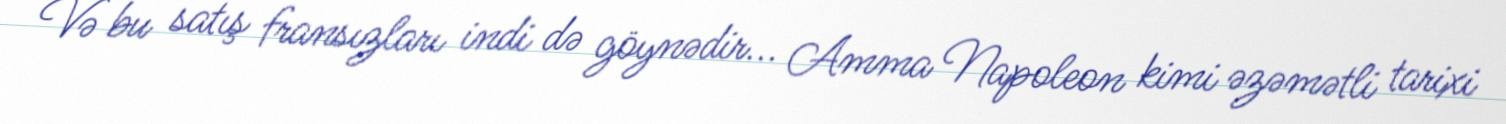
Və bu satış fransızları indi də göynədir... Amma Napoleon kimi əzəmətli tarixi